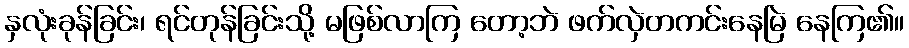
နှလုံးခုန်ခြင်း၊ ရင်တုန်ခြင်းသို့ မဖြစ်လာကြ တော့ဘဲ ဖက်လှဲတကင်းနေမြဲ နေကြ၏။